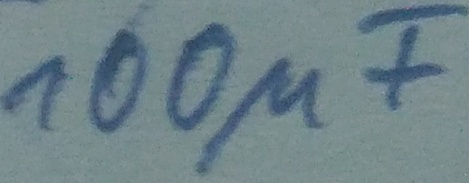
Text: 100µF